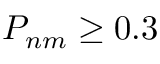
P _ { n m } \ge 0 . 3